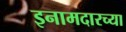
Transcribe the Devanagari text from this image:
इनामदारच्या